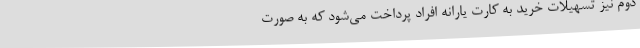
دوم نیز تسهیلات خرید به کارت یارانه افراد پرداخت می‌شود که به صورت